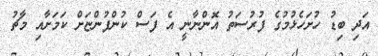
އަދި ބިޑު ހުށަހެޅުމުގެ ފުރުސަތު އޮންނާނީ އެ ފަސް ކުންފުންޏަށް ކަމަށާއި މާޗު